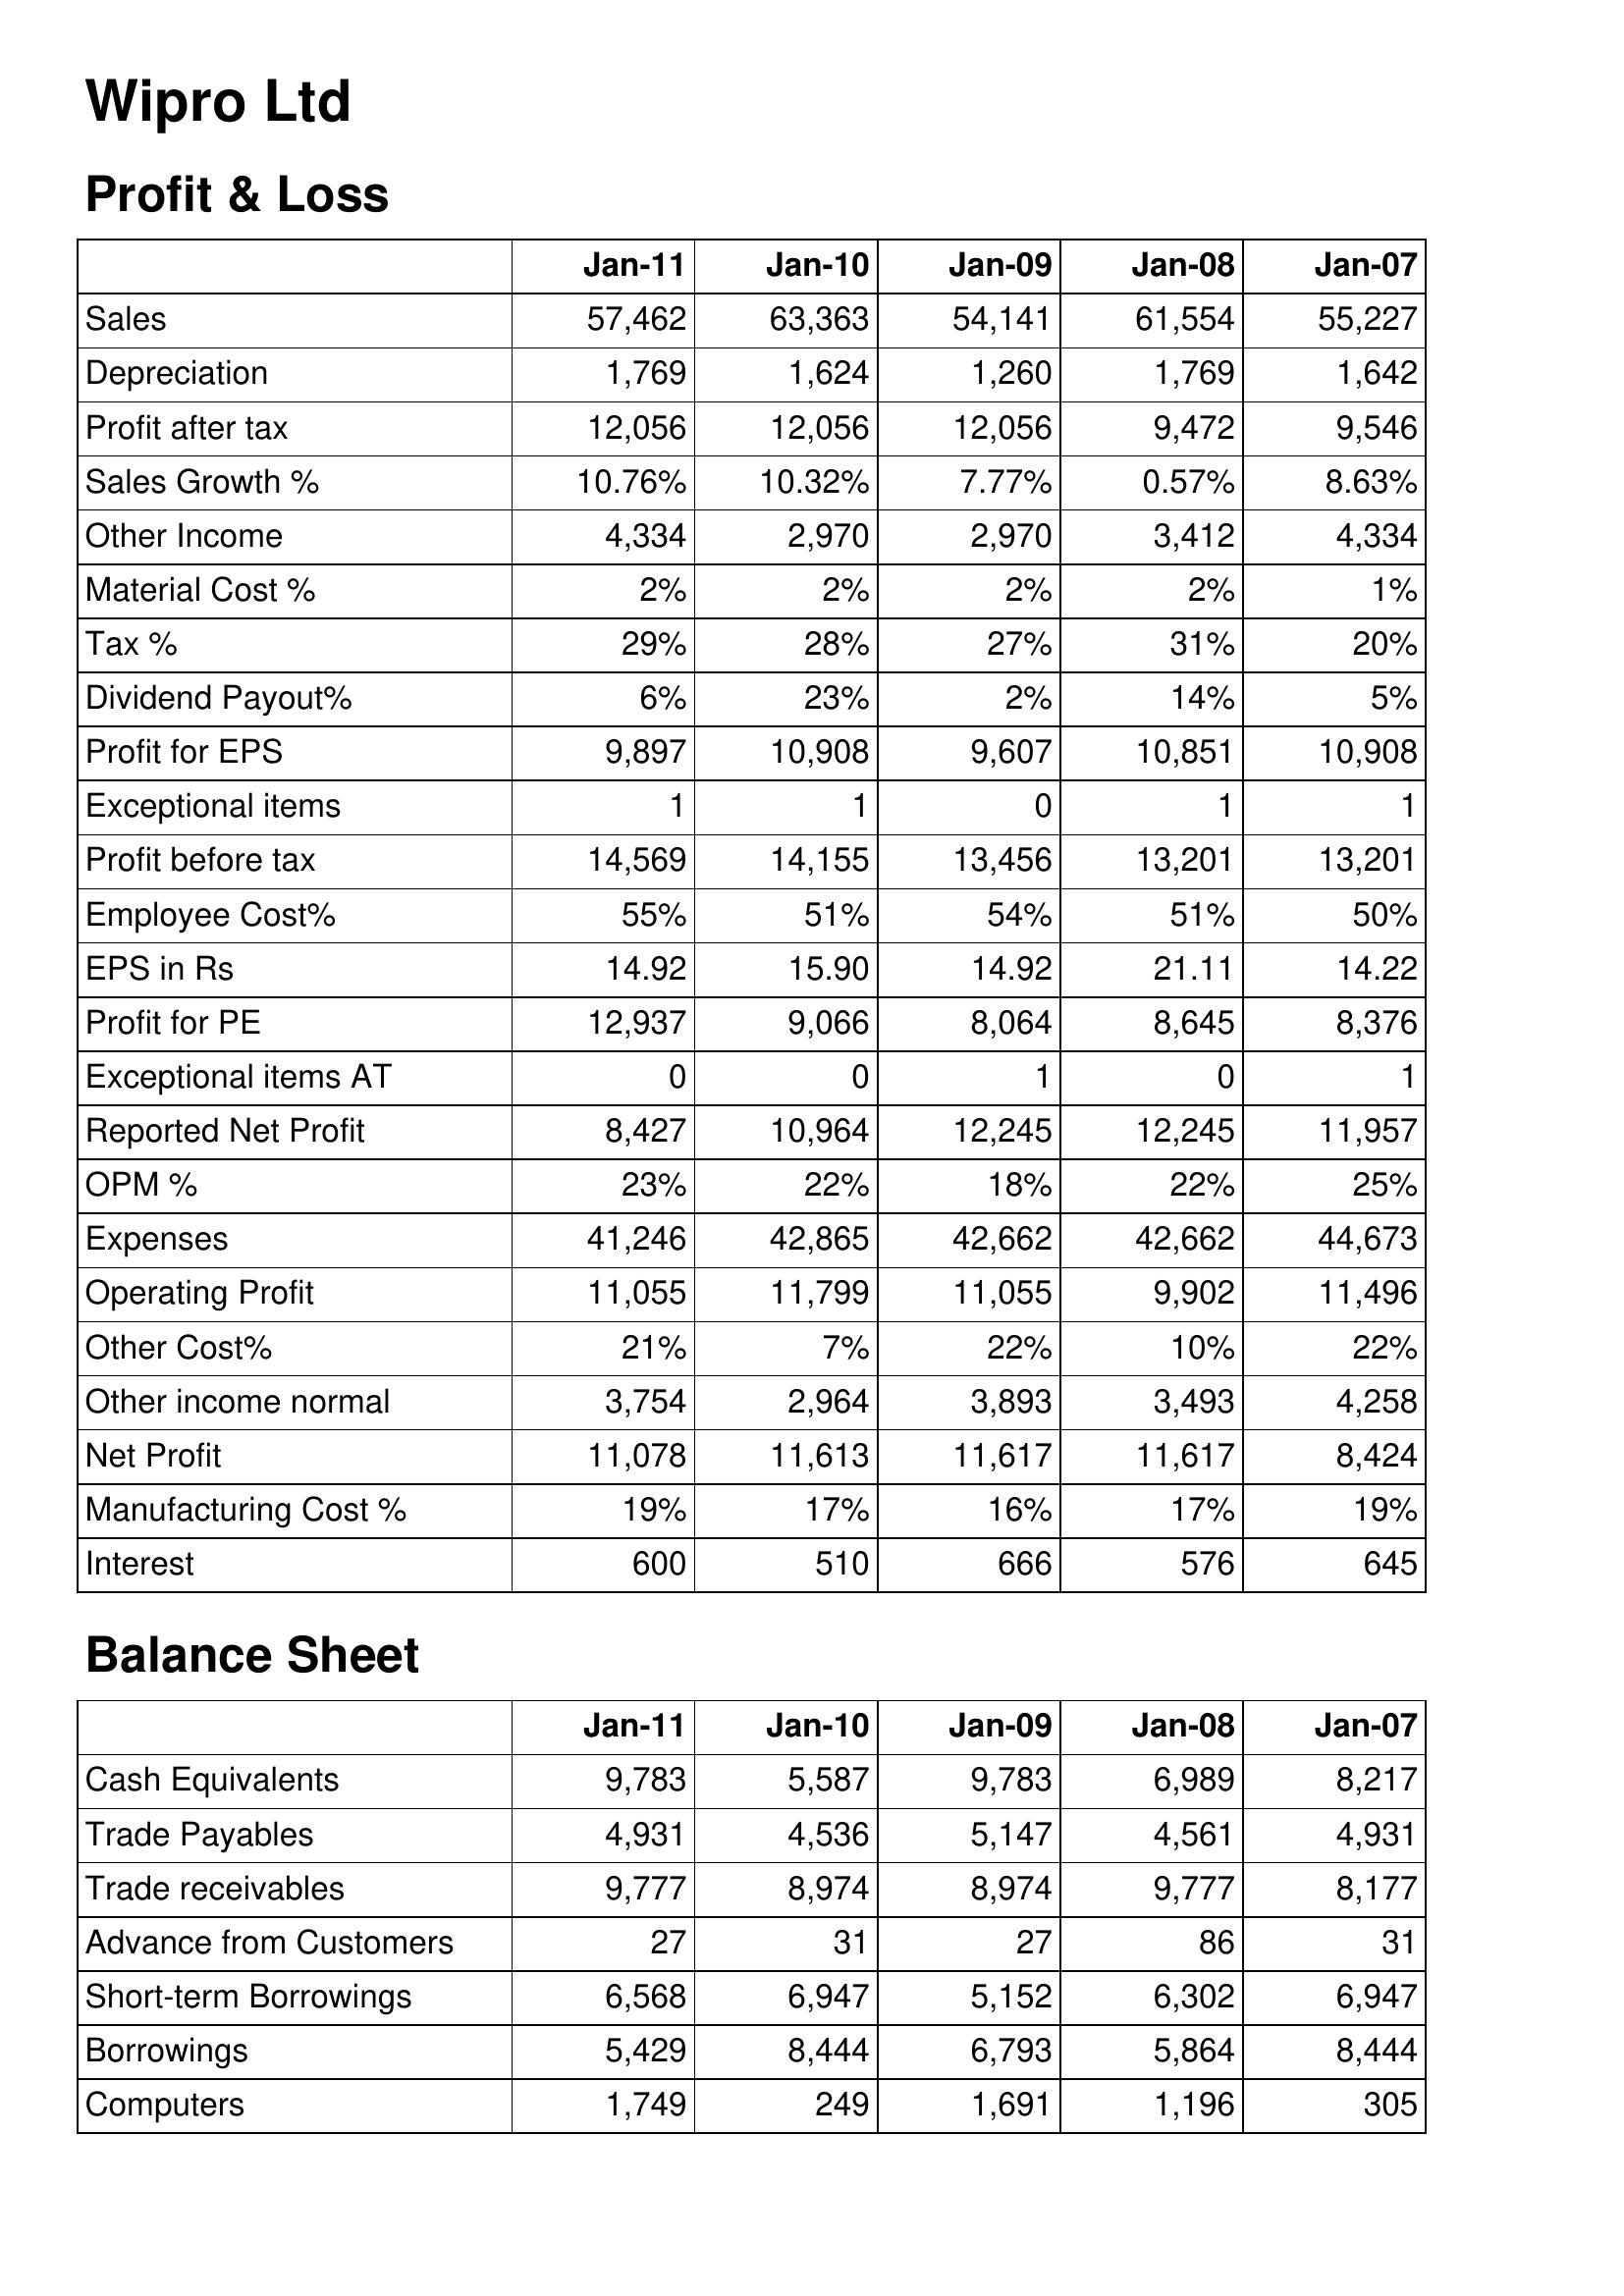
Jan-11: Profit & Loss: Sales: 57,462
Depreciation: 1,769
Profit after tax: 12,056
Sales Growth %: 10.76%
Other Income: 4,334
Material Cost %: 2%
Tax %: 29%
Dividend Payout%: 6%
Profit for EPS: 9,897
Exceptional items: 1
Profit before tax: 14,569
Employee Cost%: 55%
EPS in Rs: 14.92
Profit for PE: 12,937
Exceptional items AT: 0
Reported Net Profit: 8,427
OPM %: 23%
Expenses: 41,246
Operating Profit: 11,055
Other Cost%: 21%
Other income normal: 3,754
Net Profit: 11,078
Manufacturing Cost %: 19%
Interest: 600
Balance Sheet: Cash Equivalents: 9,783
Trade Payables: 4,931
Trade receivables: 9,777
Advance from Customers: 27
Short-term Borrowings: 6,568
Borrowings: 5,429
Computers: 1,749
Jan-10: Profit & Loss: Sales: 63,363
Depreciation: 1,624
Profit after tax: 12,056
Sales Growth %: 10.32%
Other Income: 2,970
Material Cost %: 2%
Tax %: 28%
Dividend Payout%: 23%
Profit for EPS: 10,908
Exceptional items: 1
Profit before tax: 14,155
Employee Cost%: 51%
EPS in Rs: 15.90
Profit for PE: 9,066
Exceptional items AT: 0
Reported Net Profit: 10,964
OPM %: 22%
Expenses: 42,865
Operating Profit: 11,799
Other Cost%: 7%
Other income normal: 2,964
Net Profit: 11,613
Manufacturing Cost %: 17%
Interest: 510
Balance Sheet: Cash Equivalents: 5,587
Trade Payables: 4,536
Trade receivables: 8,974
Advance from Customers: 31
Short-term Borrowings: 6,947
Borrowings: 8,444
Computers: 249
Jan-09: Profit & Loss: Sales: 54,141
Depreciation: 1,260
Profit after tax: 12,056
Sales Growth %: 7.77%
Other Income: 2,970
Material Cost %: 2%
Tax %: 27%
Dividend Payout%: 2%
Profit for EPS: 9,607
Exceptional items: 0
Profit before tax: 13,456
Employee Cost%: 54%
EPS in Rs: 14.92
Profit for PE: 8,064
Exceptional items AT: 1
Reported Net Profit: 12,245
OPM %: 18%
Expenses: 42,662
Operating Profit: 11,055
Other Cost%: 22%
Other income normal: 3,893
Net Profit: 11,617
Manufacturing Cost %: 16%
Interest: 666
Balance Sheet: Cash Equivalents: 9,783
Trade Payables: 5,147
Trade receivables: 8,974
Advance from Customers: 27
Short-term Borrowings: 5,152
Borrowings: 6,793
Computers: 1,691
Jan-08: Profit & Loss: Sales: 61,554
Depreciation: 1,769
Profit after tax: 9,472
Sales Growth %: 0.57%
Other Income: 3,412
Material Cost %: 2%
Tax %: 31%
Dividend Payout%: 14%
Profit for EPS: 10,851
Exceptional items: 1
Profit before tax: 13,201
Employee Cost%: 51%
EPS in Rs: 21.11
Profit for PE: 8,645
Exceptional items AT: 0
Reported Net Profit: 12,245
OPM %: 22%
Expenses: 42,662
Operating Profit: 9,902
Other Cost%: 10%
Other income normal: 3,493
Net Profit: 11,617
Manufacturing Cost %: 17%
Interest: 576
Balance Sheet: Cash Equivalents: 6,989
Trade Payables: 4,561
Trade receivables: 9,777
Advance from Customers: 86
Short-term Borrowings: 6,302
Borrowings: 5,864
Computers: 1,196
Jan-07: Profit & Loss: Sales: 55,227
Depreciation: 1,642
Profit after tax: 9,546
Sales Growth %: 8.63%
Other Income: 4,334
Material Cost %: 1%
Tax %: 20%
Dividend Payout%: 5%
Profit for EPS: 10,908
Exceptional items: 1
Profit before tax: 13,201
Employee Cost%: 50%
EPS in Rs: 14.22
Profit for PE: 8,376
Exceptional items AT: 1
Reported Net Profit: 11,957
OPM %: 25%
Expenses: 44,673
Operating Profit: 11,496
Other Cost%: 22%
Other income normal: 4,258
Net Profit: 8,424
Manufacturing Cost %: 19%
Interest: 645
Balance Sheet: Cash Equivalents: 8,217
Trade Payables: 4,931
Trade receivables: 8,177
Advance from Customers: 31
Short-term Borrowings: 6,947
Borrowings: 8,444
Computers: 305